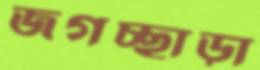
জগচ্ছাড়া